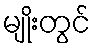
မျိုးတွင်